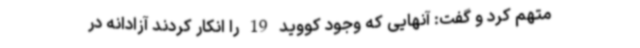
متهم کرد و گفت: آنهایی که وجود کووید 19 را انکار کردند آزادانه در